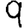
Digit: 9